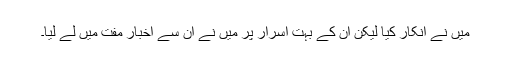
میں نے انکار کیا لیکن ان کے بہت اسرار پر میں نے ان سے اخبار مفت میں لے لیا۔